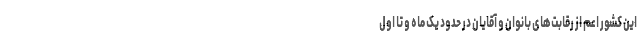
این کشور اعم از رقابت‌های بانوان و آقایان در حدود یک ماه و تا اول